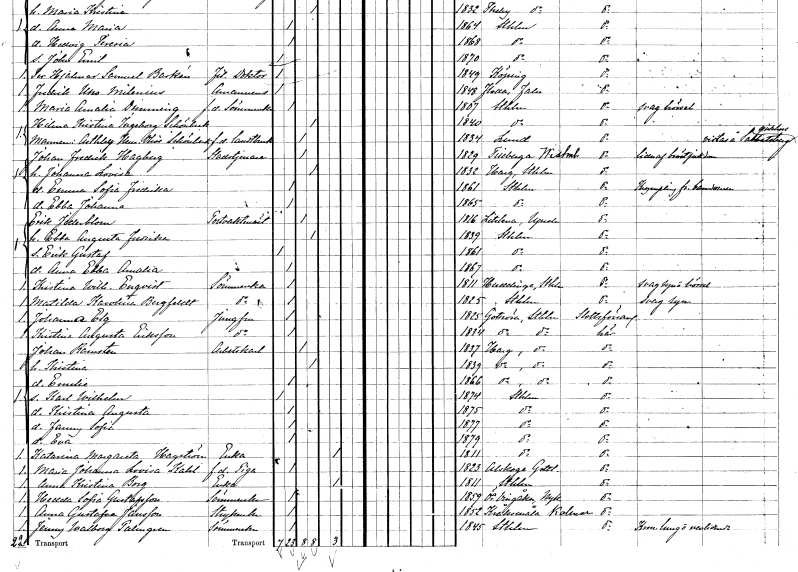
gt_parse: households: individuals: FN: Johan Fredrik
EN: Hagberg
YRKE: Stadstjänare
KON: M
CIV: G
FODAR: 1829
FODFORS: Tillberga Västmanlands län
FN: Johanna Lovisa
KON: K
CIV: G
FODAR: 1832
FODFORS: Harg Uppsala län
FN: Emma Sofia Fredrika
KON: K
CIV: O
FODAR: 1861
FODFORS: Stockholm
FN: Ebba Johanna
KON: K
CIV: O
FODAR: 1865
FODFORS: Stockholm
FN: Erik
EN: Jederblom
YRKE: Postvaktmästare
KON: M
CIV: G
FODAR: 1816
FODFORS: Litslena Uppsala län
FN: Ebba Augusta Fredrika
KON: K
CIV: G
FODAR: 1839
FODFORS: Stockholm
FN: Erik Gustaf
KON: M
CIV: O
FODAR: 1861
FODFORS: Stockholm
FN: Anna Ebba Amalia
KON: K
CIV: O
FODAR: 1867
FODFORS: Stockholm
FN: Kristina Wilhelmina
EN: Enqvist
YRKE: Sömmerska
KON: K
CIV: O
FODAR: 1811
FODFORS: Huddinge Stockholms län
FN: Matilda Karolina
EN: Bergfeldt
YRKE: Sömmerska
KON: K
CIV: O
FODAR: 1825
FODFORS: Stockholm
FN: Johanna
EN: Elg
YRKE: Jungfru
KON: K
CIV: O
FODAR: 1825
FODFORS: Gottröra Stockholms län
FN: Kristina Augusta
EN: Eriksson
YRKE: Jungfru
KON: K
CIV: O
FODAR: 1834
FODFORS: Gottröra Stockholms län
FN: Johan
EN: Ramsten
YRKE: Arbetskarl
KON: M
CIV: G
FODAR: 1837
FODFORS: Harg Uppsala län
FN: Kristina
KON: K
CIV: G
FODAR: 1839
FODFORS: Harg Uppsala län
FN: Emelie
KON: K
CIV: O
FODAR: 1866
FODFORS: Harg Uppsala län
FN: Karl Wilhelm
KON: M
CIV: O
FODAR: 1874
FODFORS: Stockholm
FN: Kristina Augusta
KON: K
CIV: O
FODAR: 1875
FODFORS: Stockholm
FN: Fanny Sofia
KON: K
CIV: O
FODAR: 1877
FODFORS: Stockholm
FN: Eva
KON: K
CIV: O
FODAR: 1879
FODFORS: Stockholm
FN: Katarina Margareta
EN: Hagström
YRKE: Änka
KON: K
CIV: E
FODAR: 1811
FODFORS: Stockholm
FN: Maria Johanna Lovisa
EN: Kahl
YRKE: Piga f.d.
KON: K
CIV: O
FODAR: 1823
FODFORS: Alskog Gotlands län
FN: Anna Kristina
EN: Borg
YRKE: Änka
KON: K
CIV: E
FODAR: 1811
FODFORS: Stockholm
FN: Hedda Sofia
EN: Gustafsson
YRKE: Sömmerska
KON: K
CIV: O
FODAR: 1859
FODFORS: Östra Vingåker Södermanlands län
FN: Anna Gustafva
EN: Jansson
YRKE: Strykerska
KON: K
CIV: O
FODAR: 1852
FODFORS: Kråksmåla Kalmar län
FN: Jenny Walborg
EN: Palmgren
YRKE: Sömmerska
KON: K
CIV: O
FODAR: 1845
FODFORS: Stockholm